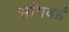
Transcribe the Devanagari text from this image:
साँगबर्ड